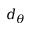
d _ { \theta }